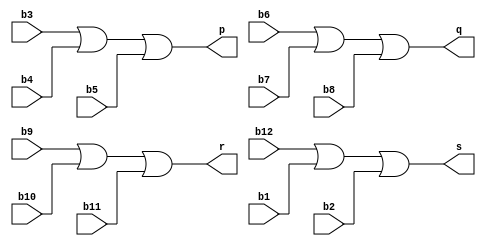
module decoder(b1,b2,b3,b4,b5,b6,b7,b8,b9,b10,b11,b12,p,q,r,s);
input b1,b2,b3,b4,b5,b6,b7,b8,b9,b10,b11,b12;
output p,q,r,s;

assign p = b3 || b4 || b5;
assign q = b6 || b7 || b8;
assign r = b9 || b10 || b11;
assign s = b12 || b1 || b2;

endmodule